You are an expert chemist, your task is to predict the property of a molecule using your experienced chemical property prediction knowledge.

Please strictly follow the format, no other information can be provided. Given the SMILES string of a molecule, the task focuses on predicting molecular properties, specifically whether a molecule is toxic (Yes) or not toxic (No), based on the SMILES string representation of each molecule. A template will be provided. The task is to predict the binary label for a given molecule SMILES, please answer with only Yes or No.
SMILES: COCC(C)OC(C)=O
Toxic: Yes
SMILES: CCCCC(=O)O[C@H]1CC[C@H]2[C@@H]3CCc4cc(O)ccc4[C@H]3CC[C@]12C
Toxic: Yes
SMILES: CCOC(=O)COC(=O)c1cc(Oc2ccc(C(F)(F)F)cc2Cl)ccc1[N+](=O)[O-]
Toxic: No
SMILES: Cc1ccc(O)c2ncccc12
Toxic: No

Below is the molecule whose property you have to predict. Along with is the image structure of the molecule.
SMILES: O=C=Nc1ccc(Cc2ccc(N=C=O)cc2)cc1
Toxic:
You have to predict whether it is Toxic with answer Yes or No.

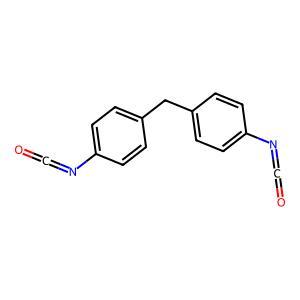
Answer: No